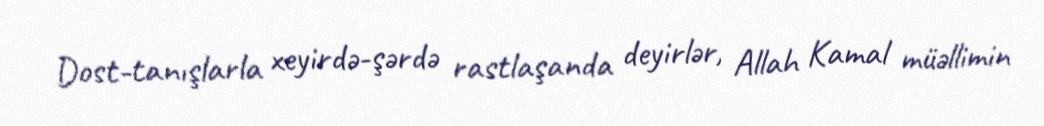
Dost-tanışlarla xeyirdə-şərdə rastlaşanda deyirlər, Allah Kamal müəllimin